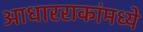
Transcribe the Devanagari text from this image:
आधारराकांमध्ये